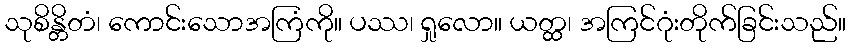
သုစိန္တိတံ၊ ကောင်းသောအကြံကို။ ပဿ၊ ရှုလော။ ယတ္ထ၊ အကြင်ဂုံးတိုက်ခြင်းသည်။